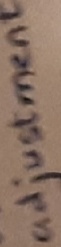
Text: adjustments